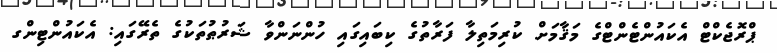
ޕްރޮޖެކްޓް އެކައުންޓެންޓްގެ މަޤާމަށް ކުރިމަތިލާ ފަރާތުގެ ކިބައިގައި ހުންނަންވާ ޝަރުޠުތަކުގެ ތެރޭގައި: އެކައުންޓިންގ